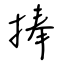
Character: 捧